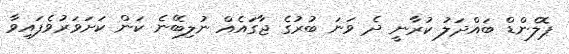
ޕޮލެންޑް ބައްދަލު ކުރާނީ ދެ ވަނަ ބުރުގެ ޖާގައެއް ނުލިބޭނެ ކަން ކަށަވަރުވެފައިވާ